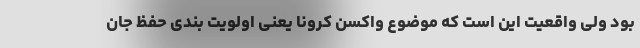
بود ولی واقعیت این است که موضوع واکسن کرونا یعنی اولویت بندی حفظ جان